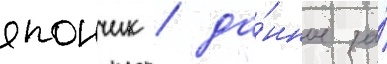
япончик / да́нное за́